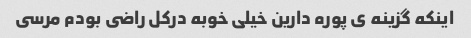
اینکه گزینه ى پوره دارین خیلى خوبه درکل راضى بودم مرسى